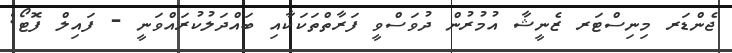
ޖެންޑަރ މިނިސްޓަރ ޒެނީޝާ އުމުރުން ދުވަސްވީ ފަރާތްތަކަކާއި ބައްދަލުކުރައްވަނީ - ފައިލް ފޮޓޯ: